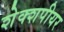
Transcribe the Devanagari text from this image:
शेक्शपीयर